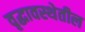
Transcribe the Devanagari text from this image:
वृद्धावस्थेतील